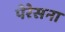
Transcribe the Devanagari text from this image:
पेरेसना